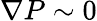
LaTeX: \nabla P\sim 0